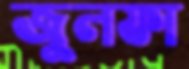
জুলফা